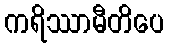
ကရိဿာမီတိပေ